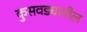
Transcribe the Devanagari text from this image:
कुसवड्यातील